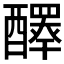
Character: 𨣠